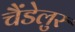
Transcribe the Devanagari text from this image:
चैंडेलुर